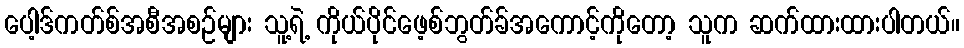
ပေါ့ဒ်ကတ်စ်အစီအစဉ်များ သူ့ရဲ့ ကိုယ်ပိုင်ဖေ့စ်ဘွတ်ခ်အကောင့်ကိုတော့ သူက ဆက်ထားထားပါတယ်။